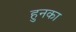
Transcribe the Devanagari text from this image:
हुनका